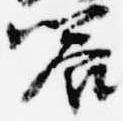
饗